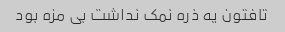
تافتون یه ذره نمک نداشت بی مزه بود